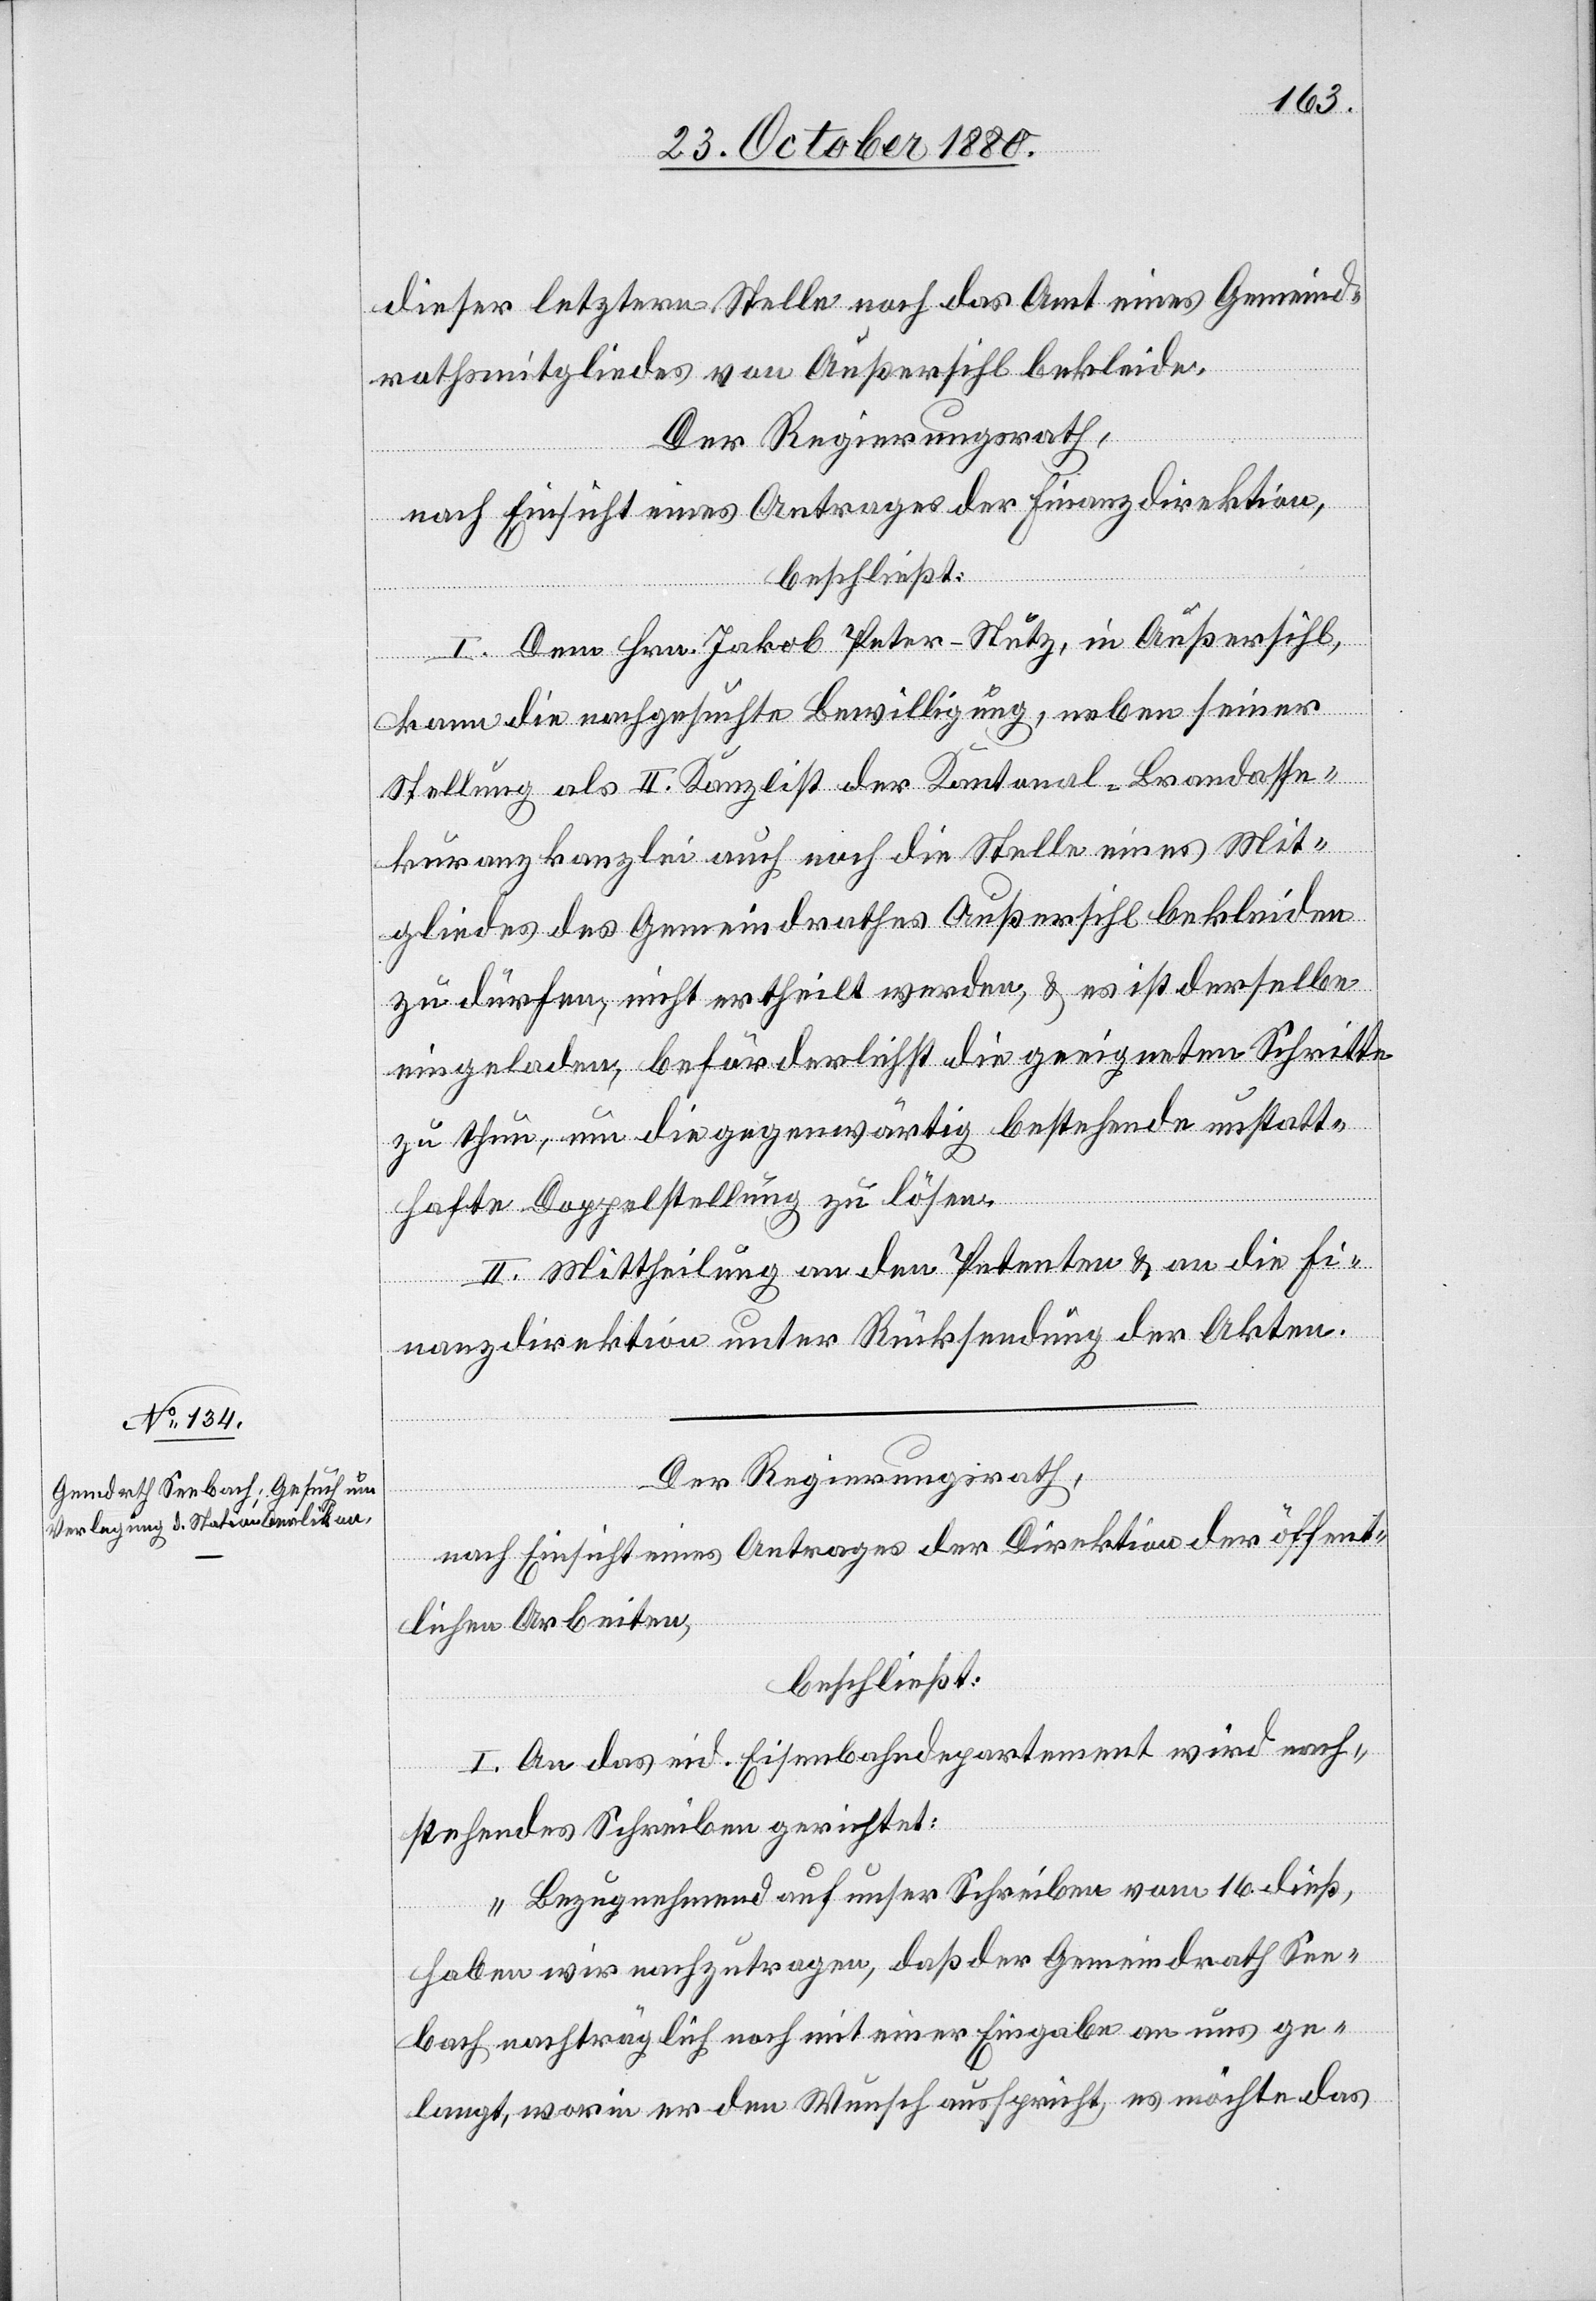
dieser letztern Stelle noch das Amt eines Gemeind¬
rathsmitgliedes von Außersihl bekleide.
Der Regierungsrath,
nach Einsicht eines Antrages der Finanzdirektion,
beschließt:
I. Dem Hrn. Jakob Peter-Stutz, in Außersihl,
kann die nachgesuchte Bewilligung, neben seiner
Stellung als II. Kanzlist der Kantonal-Brandasse¬
kuranzkanzlei auch noch die Stelle eines Mit¬
gliedes des Gemeindrathes Außersihl bekleiden
zu dürfen, nicht ertheilt werden, & es ist derselbe
eingeladen, beförderlichst die geeigneten Schritte
zu thun, um die gegenwärtig bestehende unstatt¬
hafte Doppelstellung zu lösen.
II. Mittheilung an den Petenten & an die Fi¬
nanzdirektion unter Rücksendung der Akten.
Der Regierungsrath,
nach Einsicht eines Antrages der Direktion der öffent¬
lichen Arbeiten,
beschließt:
I. An das eid. Eisenbahndepartement wird nach¬
stehendes Schreiben gerichtet:
„Bezugnehmend auf unser Schreiben vom 16. dieß,
haben wir nachzutragen, daß der Gemeindrath See¬
bach nachträglich noch mit einer Eingabe an uns ge¬
langt, worin er den Wunsch ausspricht, es möchte das